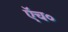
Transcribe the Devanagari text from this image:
एॅच०